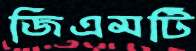
জিএমটি